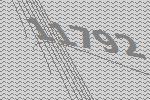
11792